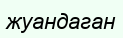
жуандаган